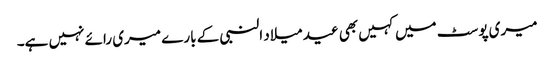
میری پوسٹ میں کہیں بھی عید میلاد النبی کے بارے میری رائے نہیں ہے۔